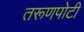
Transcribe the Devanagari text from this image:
तरूणपोटी